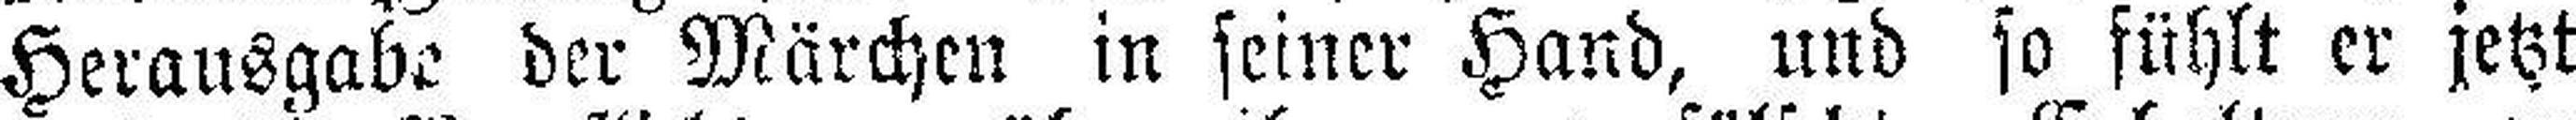
Herausgabe der Märchen in seiner Hand, und so fühlt er jetzt